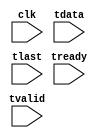
// This program was cloned from: https://github.com/WangXuan95/FPGA-Gzip-compressor
// License: GNU General Public License v3.0


module tb_print_crc32 (
    input  wire        clk,
    // input : AXI-stream
    input  wire        tready,
    input  wire        tvalid,
    input  wire [ 7:0] tdata,
    input  wire        tlast
);


function  [31:0] calculate_crc;
    input [31:0] crc;
    input [ 7:0] inbyte;
    reg   [31:0] TABLE_CRC [15:0];
begin
    TABLE_CRC[0] = 'h00000000;    TABLE_CRC[1] = 'h1db71064;    TABLE_CRC[2] = 'h3b6e20c8;    TABLE_CRC[3] = 'h26d930ac;
    TABLE_CRC[4] = 'h76dc4190;    TABLE_CRC[5] = 'h6b6b51f4;    TABLE_CRC[6] = 'h4db26158;    TABLE_CRC[7] = 'h5005713c;
    TABLE_CRC[8] = 'hedb88320;    TABLE_CRC[9] = 'hf00f9344;    TABLE_CRC[10]= 'hd6d6a3e8;    TABLE_CRC[11]= 'hcb61b38c;
    TABLE_CRC[12]= 'h9b64c2b0;    TABLE_CRC[13]= 'h86d3d2d4;    TABLE_CRC[14]= 'ha00ae278;    TABLE_CRC[15]= 'hbdbdf21c;
    calculate_crc = crc ^ {24'h0, inbyte};
    calculate_crc = TABLE_CRC[calculate_crc[3:0]] ^ (calculate_crc >> 4);
    calculate_crc = TABLE_CRC[calculate_crc[3:0]] ^ (calculate_crc >> 4);
end
endfunction


reg [31:0] stream_index = 1;
reg [31:0] stream_len = 0;
reg [31:0] stream_crc = 'hFFFFFFFF;
always @ (posedge clk)
    if (tvalid & tready) begin
        stream_len = stream_len + 1;
        stream_crc = calculate_crc(stream_crc, tdata);
        if (tlast) begin
            if (stream_len < 32) begin
                $display("stream (ignored) length=%10d  CRC=%08x"              , stream_len, ~stream_crc);
            end else begin
                $display("stream %3d       length=%10d  CRC=%08x", stream_index, stream_len, ~stream_crc);
                stream_index = stream_index + 1;
            end
            stream_len = 0;
            stream_crc = 'hFFFFFFFF;
        end
    end


endmodule